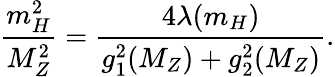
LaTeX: \frac{m_{H}^{2}}{M_{Z}^{2}}=\frac{4\lambda(m_{H})}{g_{1}^{2}(M_{Z})+g_{2}^{2}(M_{Z})}.